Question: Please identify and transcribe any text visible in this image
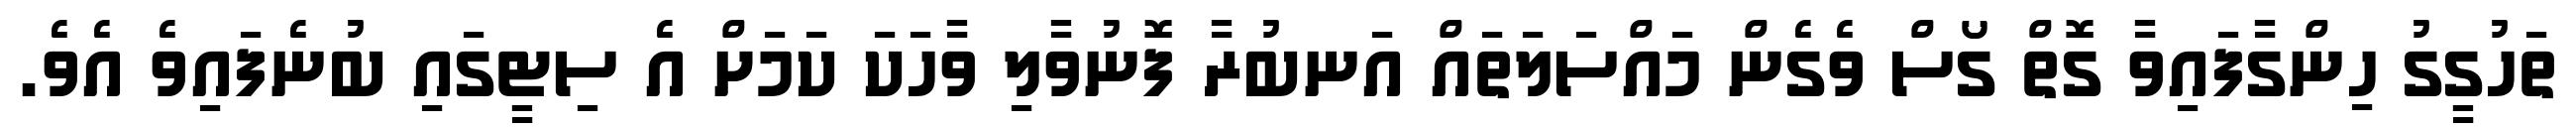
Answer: ތަހުގީގު ހިންގާފައިވާ ގޮތް ގޯސް ވެގެން މައްސަލަތައް އަނބުރާ ފޮނުވާލި ވާހަކަ ކަމަށް އެ ސިޓީގައި ބުނެފައިވެ އެވެ.